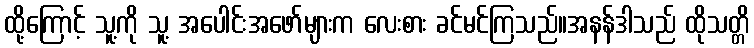
ထို့ကြောင့် သူ့ကို သူ့ အပေါင်းအဖော်များက လေးစား ခင်မင်ကြသည်။အနန်ဒါသည် ထိုသတ္တိ